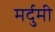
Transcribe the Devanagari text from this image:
मर्दुमी